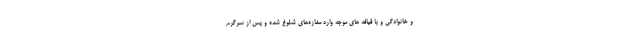
و خانوادگی و با قیافه های موجه وارد مغازه‌های شلوغ شده و پس از سرگرم